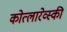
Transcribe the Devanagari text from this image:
कोत्लारेव्स्की